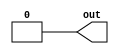
//Verilog HDL for "CppSimModules", "constant_interp" "verilog"


module constant_interp ( out );

  output out;
parameter consval = 0 ;

reg out;
initial out = (consval > 0) ? 1 : 0; 
endmodule